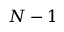
N - 1